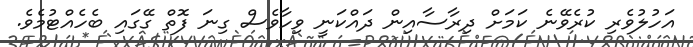
އަހުލުވެރި ކުރެވޭނެ ކަމަށް ދިރާސާއިން ދައްކަނީ ވިހާވެސް ގިނަ ފޮތް ގޭގައި ބެހެއްޓުމެވެ.